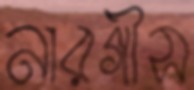
নারগীস